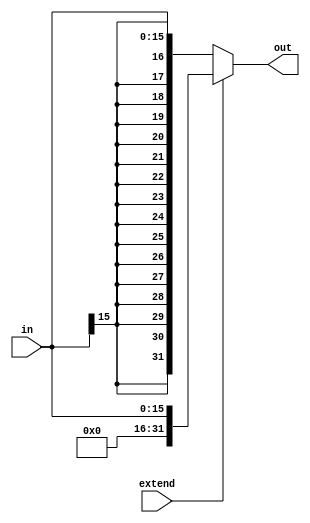
module BitExtender (
    input extend, //! If x==0, do sign extend, else do zero extend
    input [15:0] in, //! Input value (16 bits)
    output [31:0] out //! Extended output value (32 bits)
);

    always @ (extend or in) begin
        if (~extend)
            out = {{16{in[15]}}, in};
        else
            out = {16'h0, in};
    end
endmodule